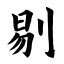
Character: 剔